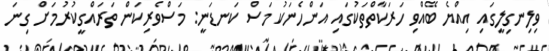
ވިލިނގިލީގައި އިއްޔެ ބޭއްވި ހަރަކާތްތަކުގައި އަންހެނަކު މަސް ކަނޑަނީ: މަސްވެރިކަން ތަރައްގީކުރުމަށް ގިނަ